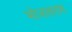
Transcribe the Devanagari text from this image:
भोजलराम